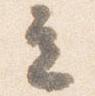
立